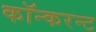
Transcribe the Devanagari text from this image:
कॉन्करन्ट